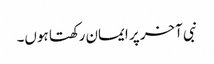
نبی آخر پر ایمان رکھتا ہوں۔